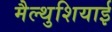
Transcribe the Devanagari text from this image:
मैल्थुशियाई